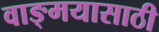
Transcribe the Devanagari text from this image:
वाङ्‌मयासाठी